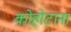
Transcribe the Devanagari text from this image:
कोहोटाना